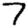
Digit: 7